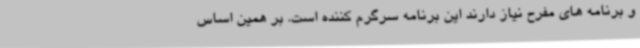
و برنامه های مفرح نیاز دارند این برنامه سرگرم کننده است. بر همین اساس